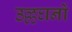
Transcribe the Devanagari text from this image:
उल्लघनों